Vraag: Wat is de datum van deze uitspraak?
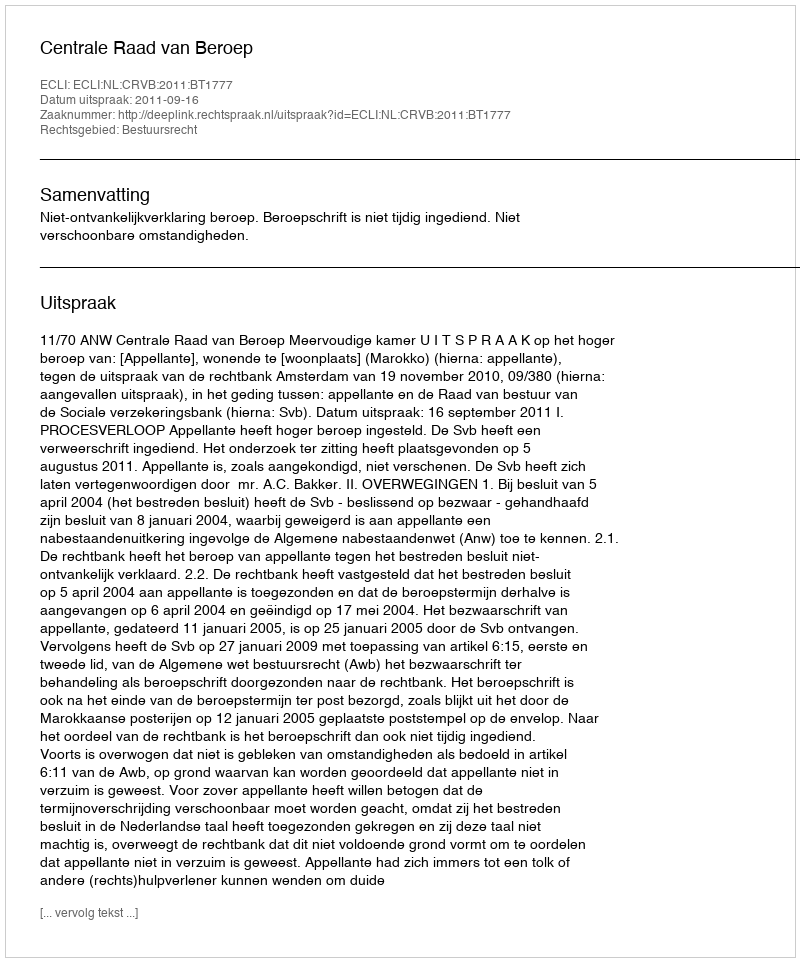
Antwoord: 2011-09-16